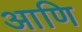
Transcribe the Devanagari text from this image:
आणि